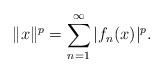
LaTeX: \begin{align*}\|x\|^p=\sum_{n=1}^\infty|f_n(x)|^p.\end{align*}